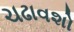
ચઢાવશો